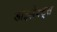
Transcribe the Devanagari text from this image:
डाइलेक्ट्स